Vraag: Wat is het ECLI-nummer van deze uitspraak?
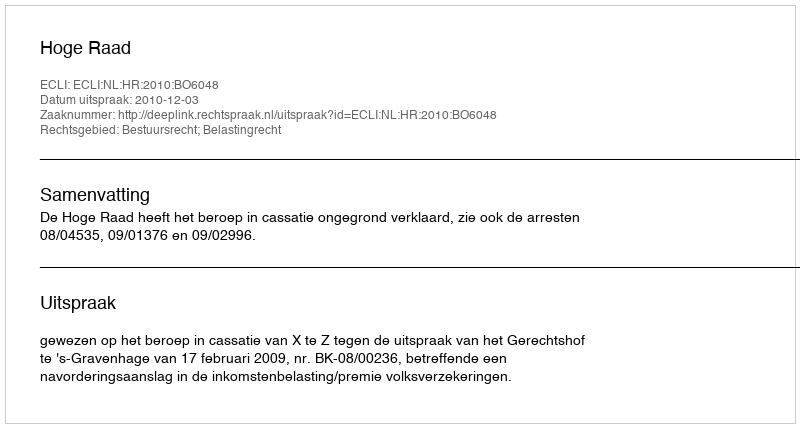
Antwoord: ECLI:NL:HR:2010:BO6048